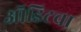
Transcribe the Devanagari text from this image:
ऑडिटचा